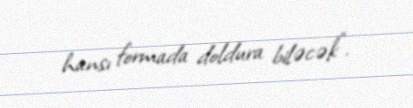
hansı formada doldura biləcək”.